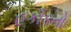
હકીકતો